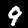
Digit: 9